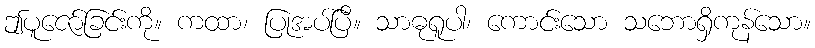
ဤပူဇော်ခြင်းကို။ ကထာ၊ ပြုအပ်ပြီ။ သာဓုရူပါ၊ ကောင်းသော သဘောရှိကုန်သော။